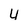
Character: u